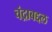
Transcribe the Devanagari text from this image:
चंद्राबद्दल